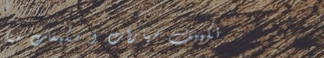
تكييف سيارات و مكيفات منا